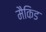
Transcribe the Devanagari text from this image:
मैकिड